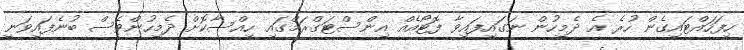
ހިފަހައްޓައިގެން ހުރެ އެ ދެމީހުން ނަގައިފައިވާ ފޮޓޯއެއް އިންސްޓަގްރަމްގައި ހިއްސާކޮށް ދެމީހުންވެސް ބުނެފައިވަނީ